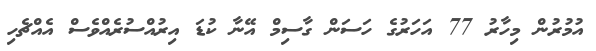
އުމުރުން މިހާރު 77 އަހަރުގެ ހަސަން ގާސިމް އޭނާ ކުޑަ އިރުއްސުރެއްވެސް އެއްޗެހި